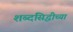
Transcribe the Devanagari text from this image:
शब्दसिद्धीच्या